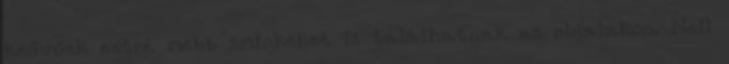
kedvűek extré­ mebb sminkeket is találhatnak az oldalakon. Neil